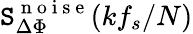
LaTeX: \mathtt{S}_{\Delta\Phi}^{\mathrm{{~n~o~i~s~e~}}}(kf_{s}/N)